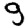
Digit: 9